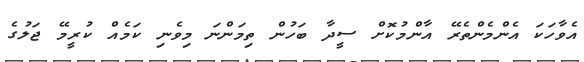
އެވާހަކަ އެންމެންތެރޭ އާންމުކޮށް ސީދާ ބަހުން ތިމަންނަ މިވެނި ކަމެއް ކުރީމޭ ޖަލުގެ